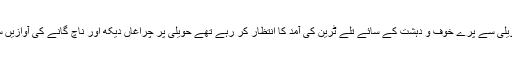
خوف و ہراس اپنی انتہاؤں کو چھو رہا تھا جو مہاجرین حویلی سے پرے خوف و دہشت کے سائے تلے ٹرین کی آمد کا انتظار کر رہے تھے حویلی پر چراغاں دیکھ اور ناچ گانے کی آوازیں سن کر ان کے تن بدن بھی نفرت کی آگ سے سلگ اٹھتے۔